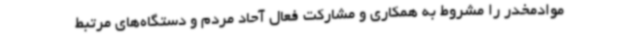
موادمخدر را مشروط به همکاری و مشارکت فعال آحاد مردم و دستگاه‌های مرتبط